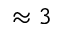
\approx 3